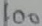
Text: 100